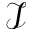
\mathcal { I }